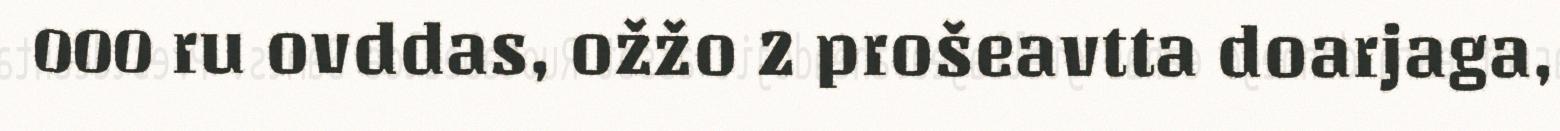
000 ru ovddas, ožžo 2 prošeavtta doarjaga,